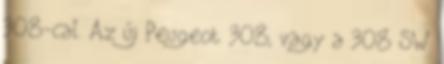
308-cal. Az új Peugeot 308, vagy a 308 SW